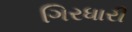
ગિરધારી